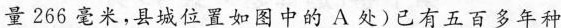
量266毫米，县城位置如图中的A处)已有五百多年种